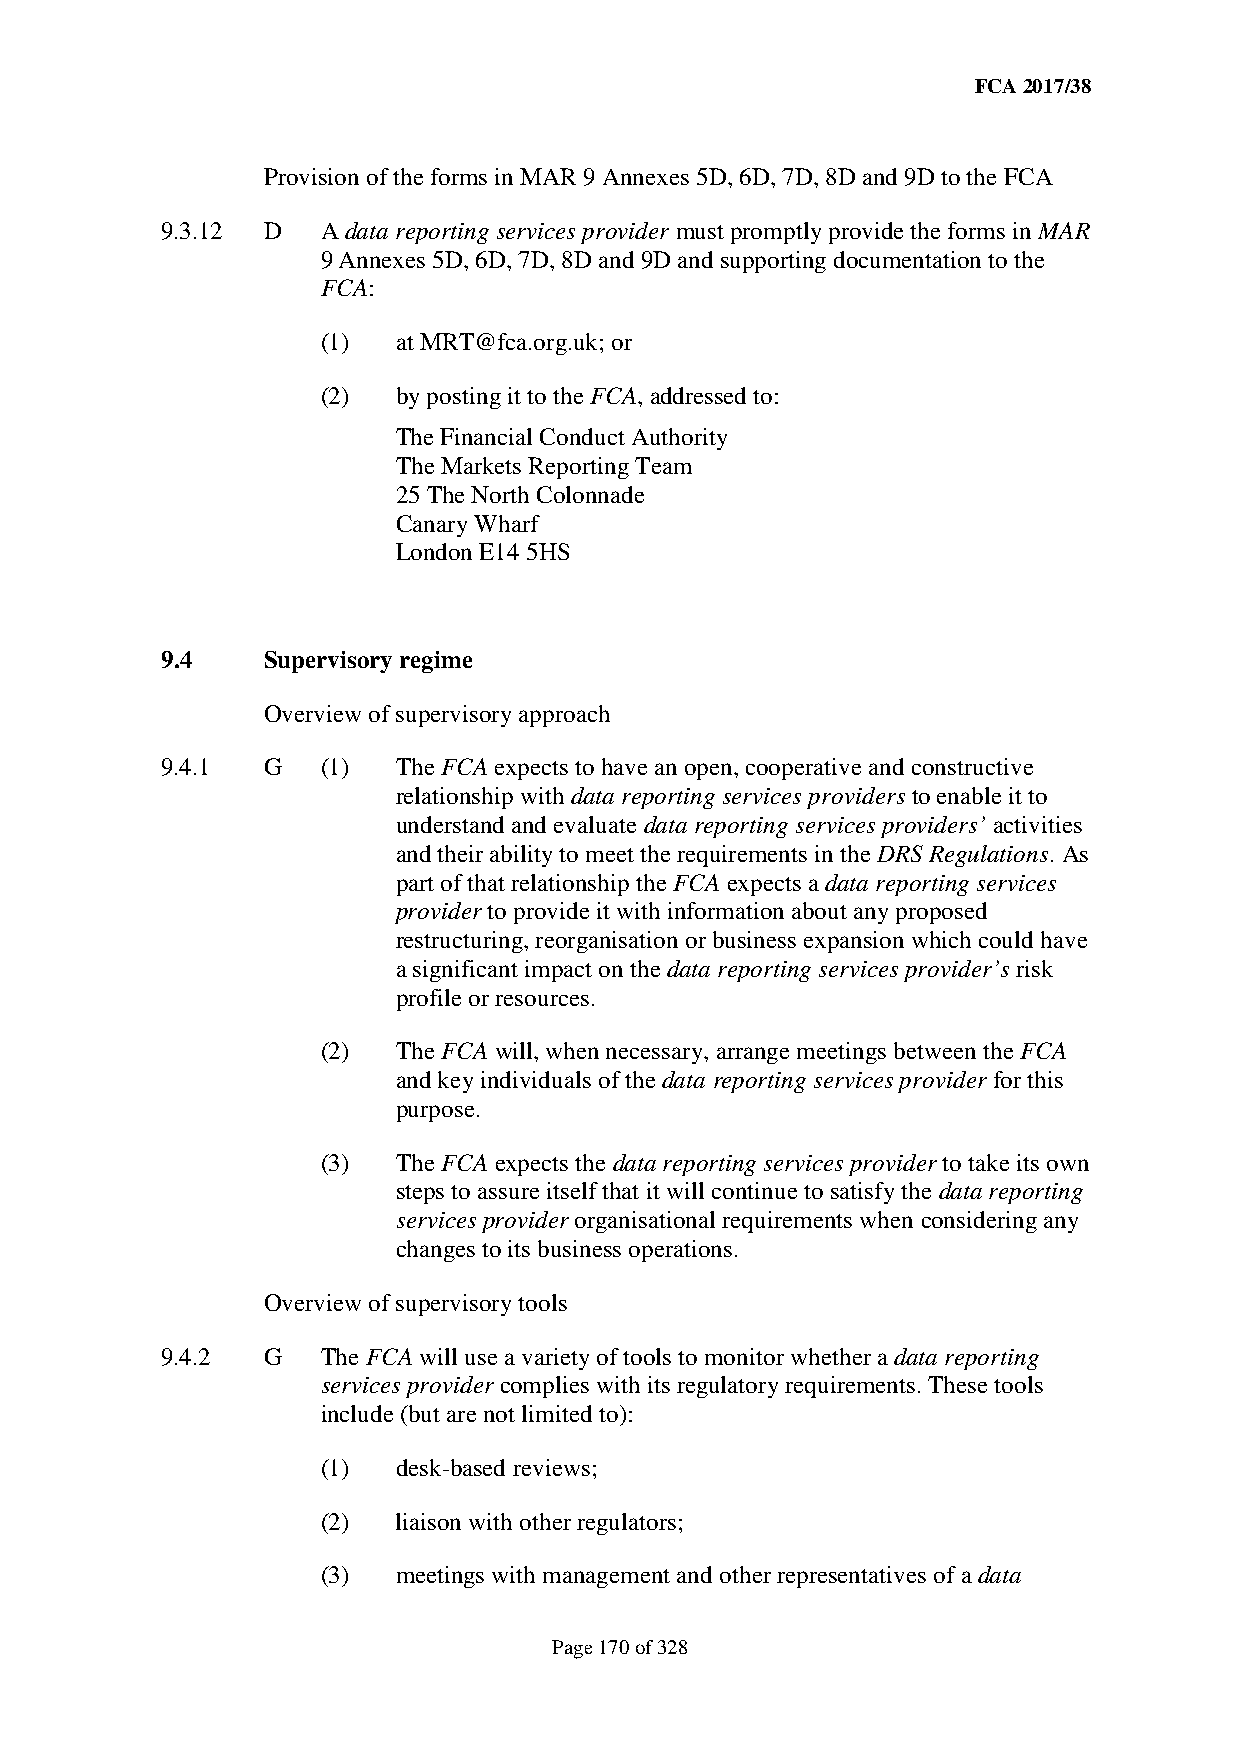
FCA 2017/38
 Provision of the forms in MAR 9 Annexes 5D, 6D, 7D, 8D and 9D to the FCA
 9.3.12 D  A data reporting services provider must promptly provide the forms in MAR
 9 Annexes 5D, 6D, 7D, 8D and 9D and supporting documentation to the
 FCA:
 (1)  at MRT@fca.org.uk; or
 (2)  by posting it to the FCA, addressed to:
 The Financial Conduct Authority
 The Markets Reporting Team
 25 The North Colonnade
 Canary Wharf
 London E14 5HS
 9.4   Supervisory regime
 Overview of supervisory approach
 9.4.1 G   (1)  The FCA expects to have an open, cooperative and constructive
 relationship with data reporting services providers to enable it to
 understand and evaluate data reporting services providers’ activities
 and their ability to meet the requirements in the DRS Regulations. As
 part of that relationship the FCA expects a data reporting services
 provider to provide it with information about any proposed
 restructuring, reorganisation or business expansion which could have
 a significant impact on the data reporting services provider’s risk
 profile or resources.
 (2)  The FCA will, when necessary, arrange meetings between the FCA
 and key individuals of the data reporting services provider for this
 purpose.
 (3)  The FCA expects the data reporting services provider to take its own
 steps to assure itself that it will continue to satisfy the data reporting
 services provider organisational requirements when considering any
 changes to its business operations.
 Overview of supervisory tools
 9.4.2 G   The FCA will use a variety of tools to monitor whether a data reporting
 services provider complies with its regulatory requirements. These tools
 include (but are not limited to):
 (1)  desk-based reviews;
 (2)  liaison with other regulators;
 (3)  meetings with management and other representatives of a data
 Page 170 of 328